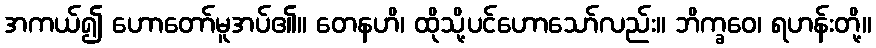
အကယ်၍ ဟောတော်မူအပ်၏။ တေနဟိ၊ ထိုသို့ပင်ဟောသော်လည်း။ ဘိက္ခဝေ၊ ရဟန်းတို့။